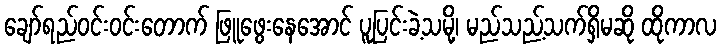
ချော်ရည်ဝင်းဝင်းတောက် ဖြူဖွေးနေအောင် ပူပြင်းခဲ့သမို့၊ မည်သည့်သက်ရှိမဆို ထိုကာလ